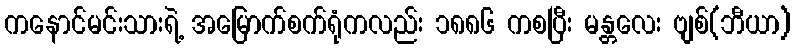
ကနောင်မင်းသားရဲ့ အမြောက်စက်ရုံကလည်း ၁၈၈၆ ကစပြီး မန္တလေး ဗျစ်(ဘီယာ)